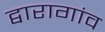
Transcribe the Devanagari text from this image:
द्वारागांव